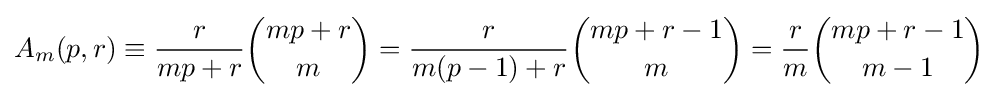
A_{m}(p,r)\equiv {\frac {r}{mp+r}}{\binom {mp+r}{m}}={\frac {r}{m(p-1)+r}}{\binom {mp+r-1}{m}}={\frac {r}{m}}{\binom {mp+r-1}{m-1}}